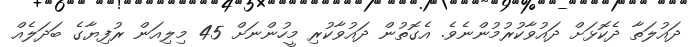
ދައުލަތާ ދެކޮޅަށް ދައުވާކުރުމުންނެވެ. އެގޮތުން ދައުވާކުރި މީހުންނަށް 45 މިލިއަން ރުފިޔާގެ ބަދަލެއް